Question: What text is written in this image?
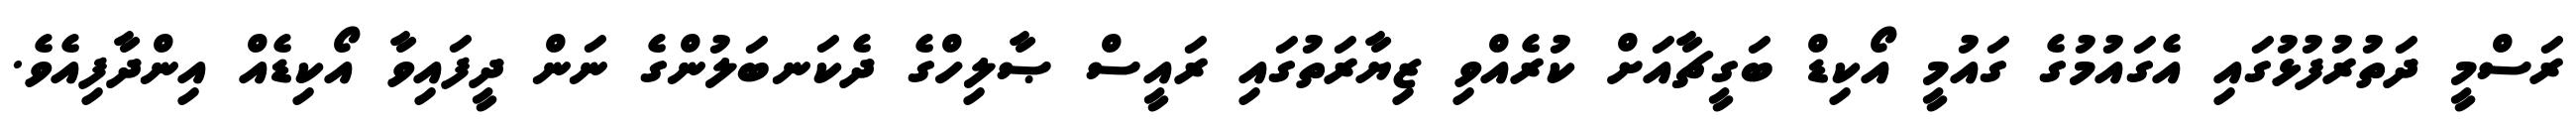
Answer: ރަސްމީ ދަތުރުފުޅުގައި އެގައުމުގެ ގައުމީ އޯކިޑް ބަގީޗާއަށް ކުރެއްވި ޒިޔާރަތުގައި ރައީސް ޞާލިހްގެ ދެކަނބަލުންގެ ނަން ދީފައިވާ އޯކިޑެއް އިންދާފިއެވެ.